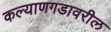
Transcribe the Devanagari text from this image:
कल्याणगडावरील